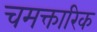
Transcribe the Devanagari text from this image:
चमक्तारिक